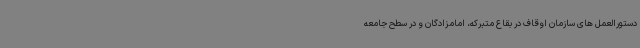
دستورالعمل های سازمان اوقاف در بقاع متبرکه، امامزادگان و در سطح جامعه